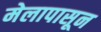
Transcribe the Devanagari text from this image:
मेलापासून